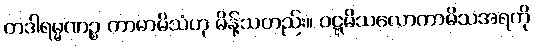
တဒါရမ္မဏဉ္စ ကာမာမိသံဟု မိန့်သတည်း။ ဝဋ္ဋမိသလောကာမိသအရကို